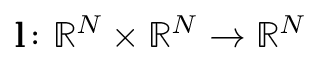
\mathbf { l } \colon \mathbb { R } ^ { N } \times \mathbb { R } ^ { N } \to \mathbb { R } ^ { N }